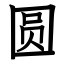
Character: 圆